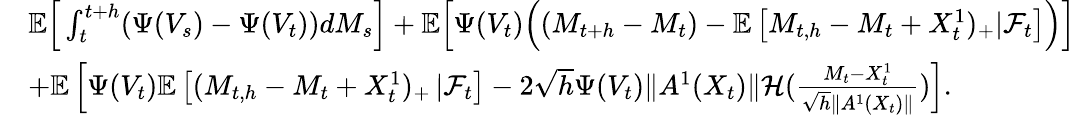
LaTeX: \begin{array}{rl}&{\mathbb{E}\Big[\int_{t}^{t+h}(\Psi(V_{s})-\Psi(V_{t}))dM_{s}\Big]+{\mathbb{E}\Big[\Psi(V_{t})\Big((M_{t+h}-M_{t})-\mathbb{E}\left[M_{t,h}-M_{t}+X_{t}^{1})_{+}|{\mathcal F}_{t}\right]\Big)\Big]}}\\ &{+\mathbb{E}\left[\Psi(V_{t}){\mathbb{E}}\left[(M_{t,h}-M_{t}+X_{t}^{1})_{+}\left|\right.{\mathcal F}_{t}\right]-{2}\sqrt h\Psi(V_{t}){\| A^{1}(X_{t})\| }{\cal H}(\frac{M_{t}-X_{t}^{1}}{\sqrt h\| A^{1}(X_{t})\| })\right].}\end{array}